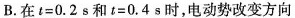
B.在t=0.2 s和t=0.4 s时，电动势改变方向